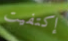
إكتفيت